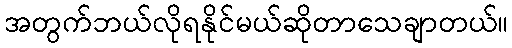
အတွက်ဘယ်လိုရနိုင်မယ်ဆိုတာသေချာတယ်။